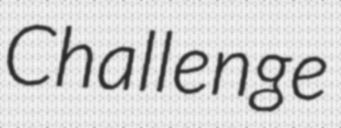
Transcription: Challenge